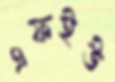
এফইউ